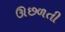
ઊછળતી